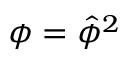
\phi = \hat { \phi } ^ { 2 }